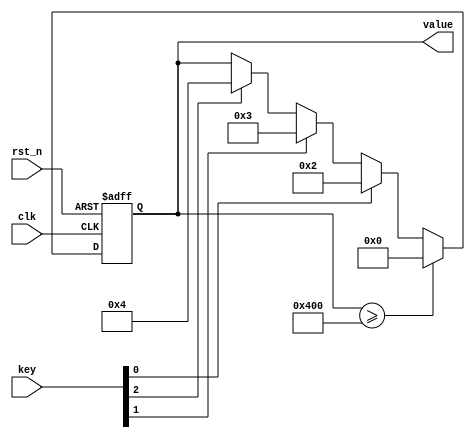
module key_drive (
    input   wire clk,
    input   wire rst_n,
    input   wire [2:0] key, //
    output  reg [19:0] value //
);

parameter MAX_VALUE = 20'd1024;     //

always @(posedge clk or negedge rst_n) begin
    if(!rst_n) begin
        value <= 20'd0;
    end

    else if (value >= MAX_VALUE) begin
        value <= 20'd0;
    end

    // 
    else begin
        if(key[0]) begin
            value <= 2;
        end
        else if (key[1]) begin
            value <= 3;
        end
        else if (key[2]) begin
            value <= 4;
        end
        else begin
            value <= value;
        end
    end
end
endmodule